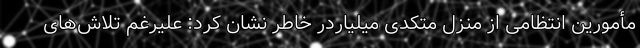
مأمورین انتظامی از منزل متکدی میلیاردر خاطر نشان کرد: علیرغم تلاش‌های